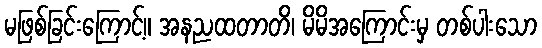
မဖြစ်ခြင်းကြောင့်။ အနညထတာတိ၊ မိမိအကြောင်းမှ တစ်ပါးသော